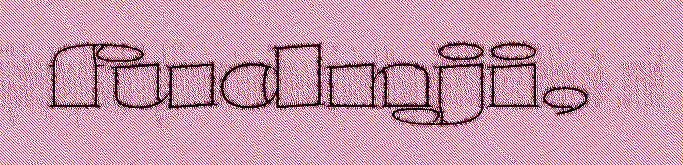
fudnji,